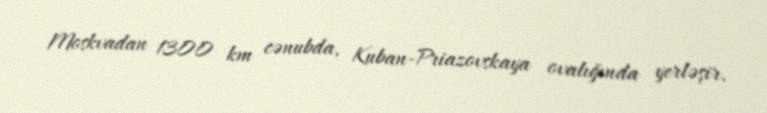
Moskvadan 1300 km cənubda, Kuban-Priazovskaya ovalığında yerləşir.